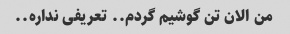
من الان تن گوشیم گردم.. تعریفی نداره..